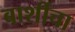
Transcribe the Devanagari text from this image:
बार्शीचा